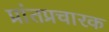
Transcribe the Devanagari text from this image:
प्रांतप्रचारक